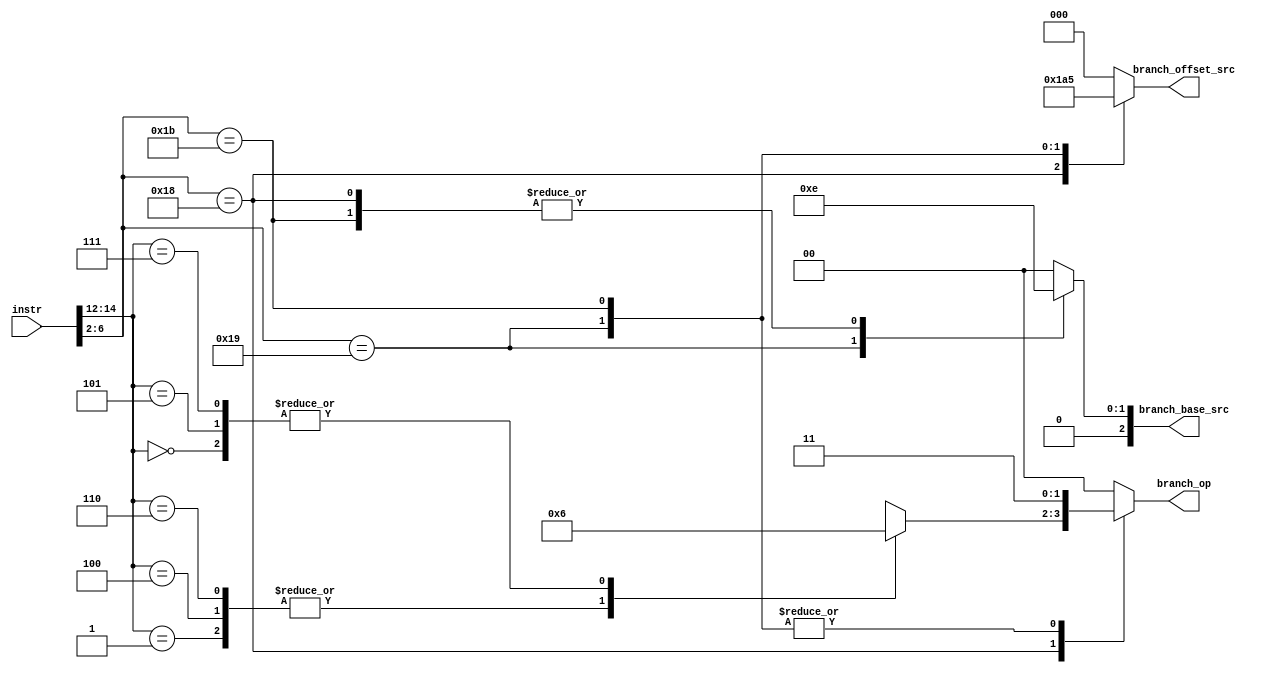
`timescale 1ns/1ps

module InstructionBranchSelTranslator(
  input [31:0] instr,

  output reg [1:0] branch_op,
  output reg [2:0] branch_base_src,
  output reg [2:0] branch_offset_src
);

  localparam BRANCH_NEVER        = 2'b00;
  localparam BRANCH_ALU_NON_ZERO = 2'b01;
  localparam BRANCH_ALU_ZERO     = 2'b10;
  localparam BRANCH_ALWAYS       = 2'b11;
  localparam BRANCH_DONT_CARE    = 2'bXX;
  
  localparam BRANCH_SRC_ZERO      = 3'b000;
  localparam BRANCH_SRC_PC_PLUS4  = 3'b001;
  localparam BRANCH_SRC_PC        = 3'b010;
  localparam BRANCH_SRC_REG       = 3'b011;
  localparam BRANCH_SRC_IMM12     = 3'b100;
  localparam BRANCH_SRC_JUMP      = 3'b101;
  localparam BRANCH_SRC_BRANCH    = 3'b110;
  localparam BRANCH_SRC_DONT_CARE = 3'bXXX;

  wire [2:0] funct3 = instr[14:12];

  always @(*) begin
    case (instr[6:2])
      // ## Branch instructions
      5'h18: begin
        case (funct3)
        3'b000:  branch_op <= BRANCH_ALU_ZERO;
        3'b001:  branch_op <= BRANCH_ALU_NON_ZERO;
        3'b100:  branch_op <= BRANCH_ALU_NON_ZERO;
        3'b101:  branch_op <= BRANCH_ALU_ZERO;
        3'b110:  branch_op <= BRANCH_ALU_NON_ZERO;
        3'b111:  branch_op <= BRANCH_ALU_ZERO;
        default: branch_op <= BRANCH_DONT_CARE;
        endcase
        branch_base_src   <= BRANCH_SRC_PC;
        branch_offset_src <= BRANCH_SRC_BRANCH;
      end
      // ## Jump and Link Register
      //
      // The return address will be written to `rd`.
      5'h19: begin
        branch_op         <= BRANCH_ALWAYS;
        branch_base_src   <= BRANCH_SRC_REG;
        branch_offset_src <= BRANCH_SRC_IMM12;
      end
      // ## Jump and Link
      //
      // The return address will be written to `rd`.
      5'h1b: begin
        branch_op         <= BRANCH_ALWAYS;
        branch_base_src   <= BRANCH_SRC_PC;
        branch_offset_src <= BRANCH_SRC_JUMP;
      end
      // ## Other OPs
      default: begin
        branch_op         <= BRANCH_NEVER;
        branch_base_src   <= BRANCH_SRC_ZERO;
        branch_offset_src <= BRANCH_SRC_ZERO;
      end
    endcase
  end


endmodule